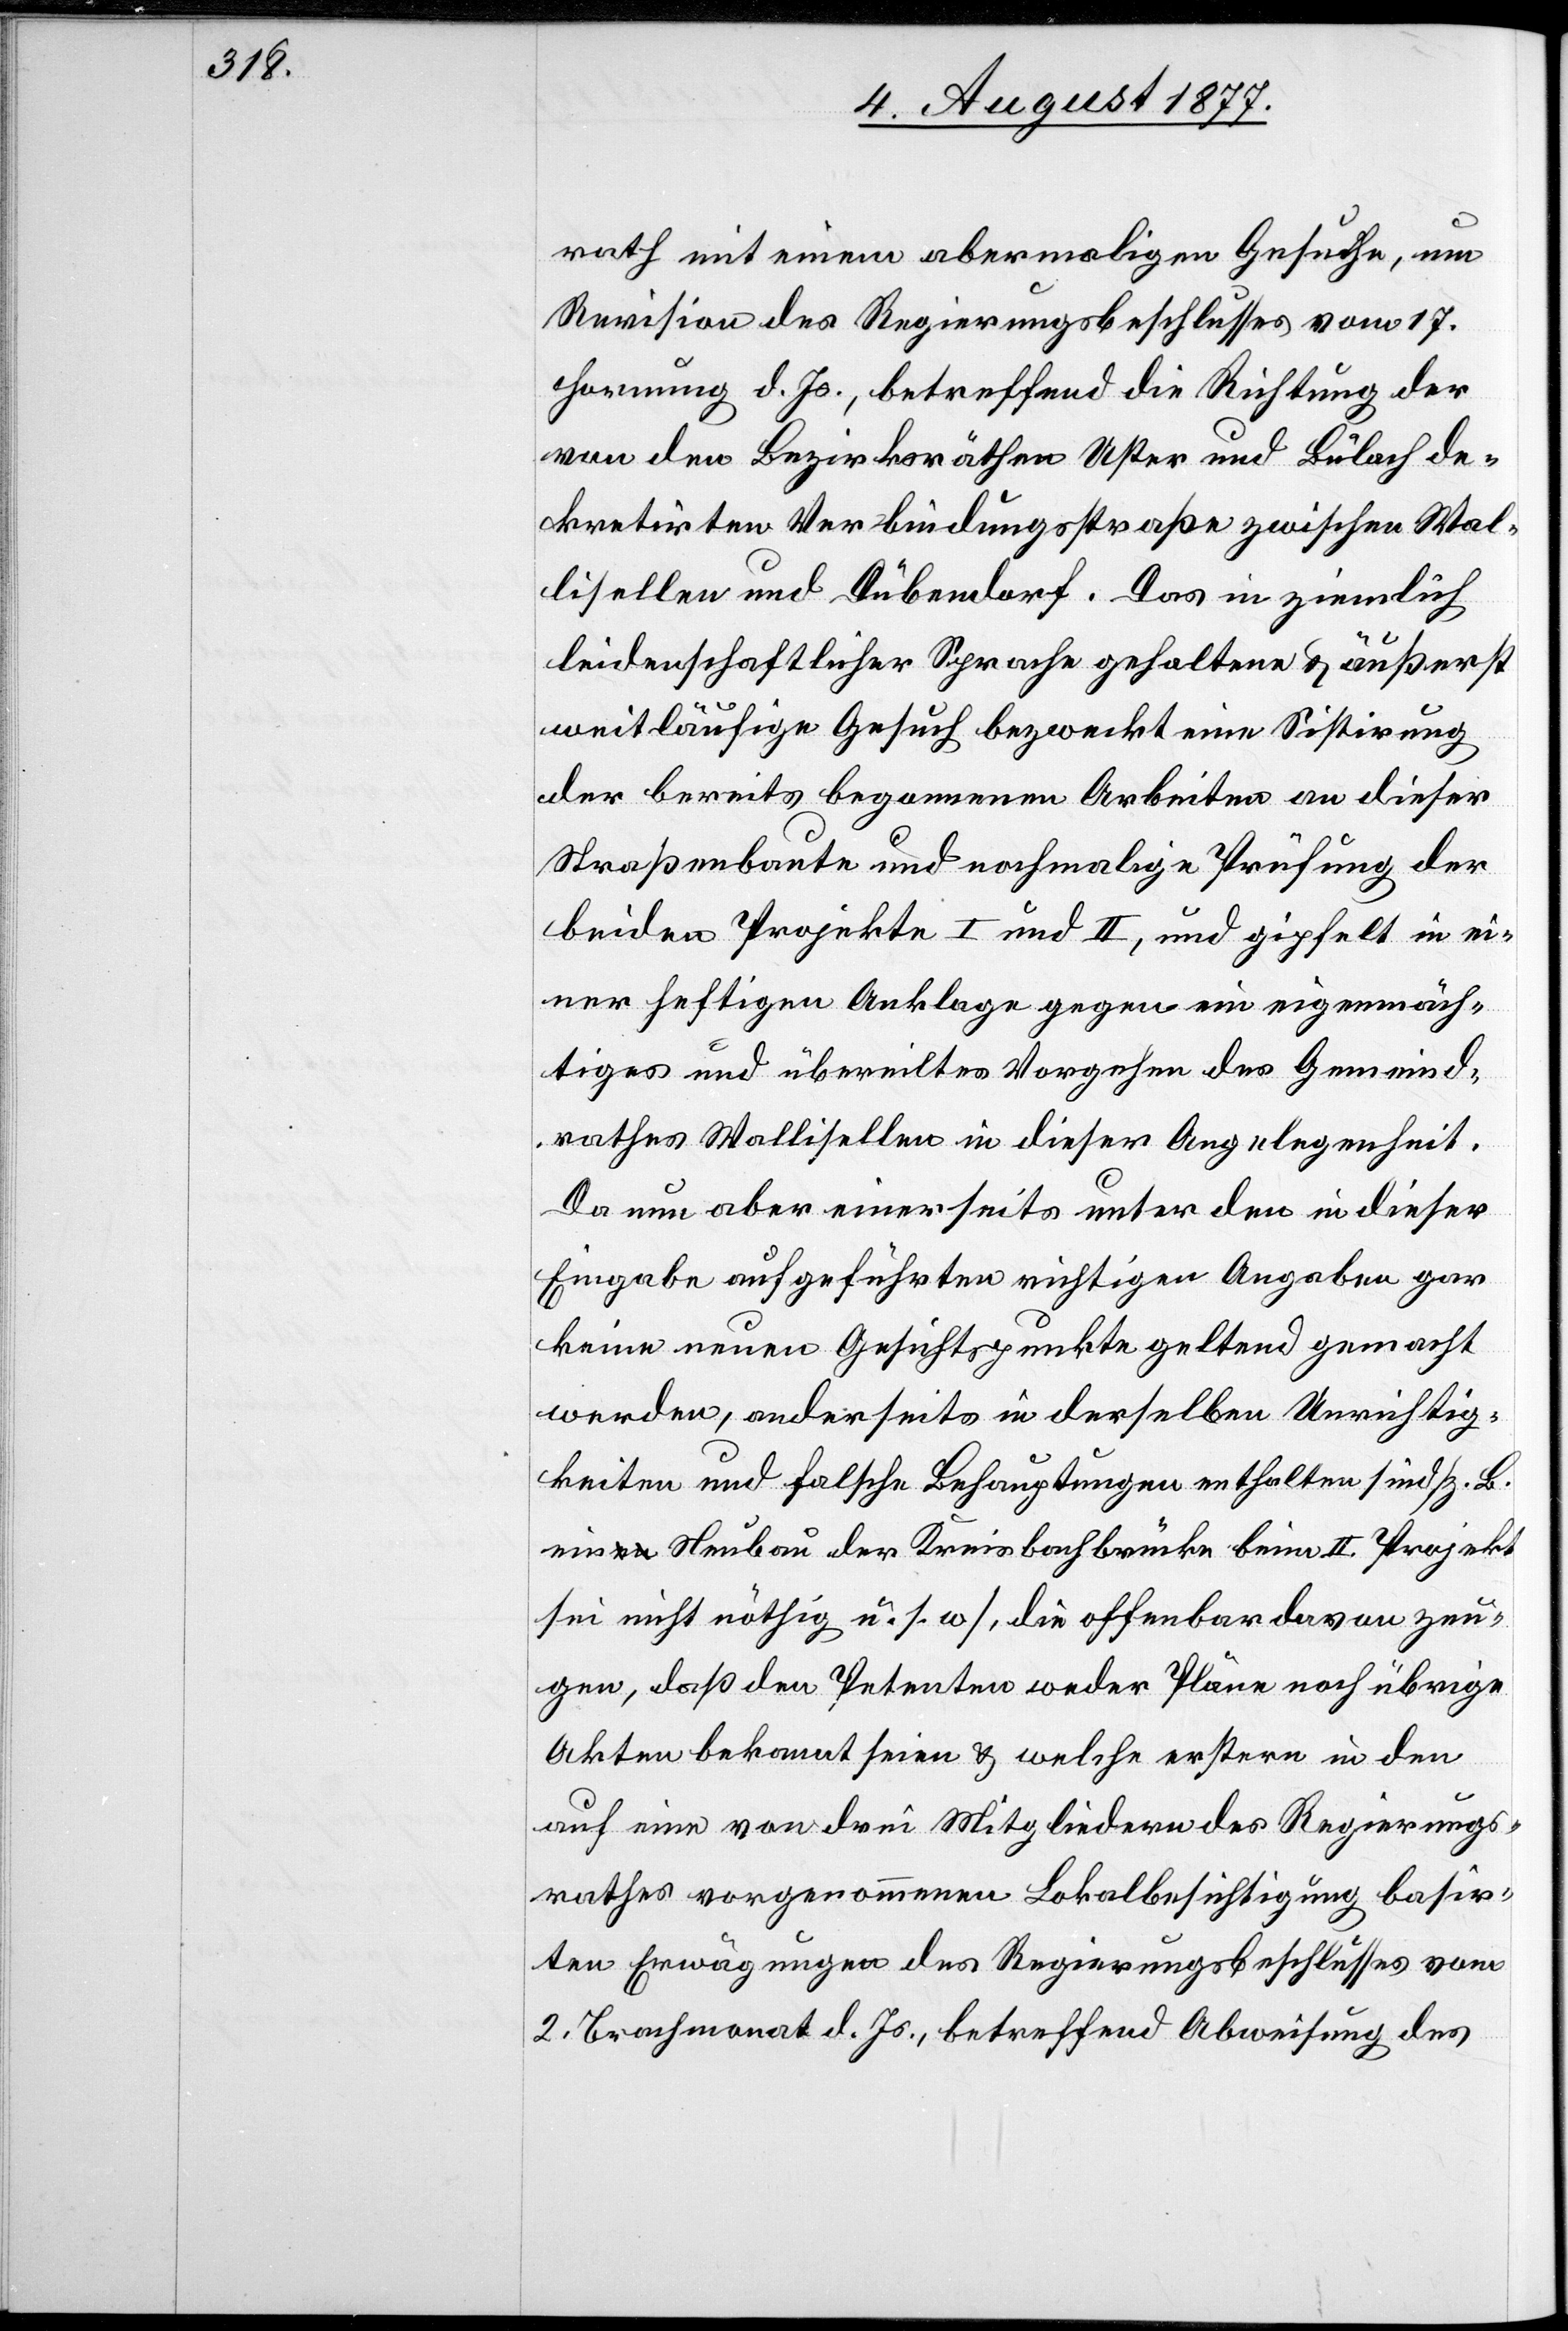
rath mit einem abermaligen Gesuche, um
Revision des Regierungsbeschlusses vom 17.
Hornung d. Js., betreffend die Richtung der
von den Bezirksräthen Uster und Bülach de¬
kretirten Verbindungsstraße zwischen Wal¬
lisellen und Dübendorf. Das in ziemlich
leidenschaftlicher Sprache gehaltene & äußerst
weitläufige Gesuch bezweckt eine Sistirung
der bereits begonnenen Arbeiten an dieser
Straßenbaute und nochmalige Prüfung der
beiden Projekte I und II, und gipfelt in ei¬
ner heftigen Anklage gegen ein eigenmäch¬
tiges und übereiltes Vorgehen des Gemeind¬
rathes Wallisellen in dieser Angelegenheit.
Da nun aber einerseits unter den in dieser
Eingabe aufgeführten richtigen Angaben gar
keine neuen Gesichtspunkte geltend gemacht
werden, anderseits in derselben Unrichtig¬
keiten und falsche Behauptungen enthalten sind [z. B.
ein Neubau der Kreisbachbrücke beim II. Projekt
sei nicht nöthig u. s. w], die offenbar davon zeu¬
gen, daß den Petenten weder Pläne noch übrige
Akten bekannt seien & welche erstere in den
auf eine von drei Mitgliedern des Regierungs¬
rathes vorgenommenen Lokalbesichtigung basir¬
ten Erwägungen des Regierungsbeschlusses vom
2. Brachmonat d. Js., betreffend Abweisung des